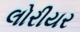
લોરીયર